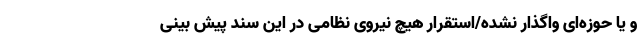
و یا حوزه‌ای واگذار نشده/استقرار هیچ نیروی نظامی در این سند پیش بینی